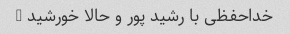
خداحفظی با رشید پور و حالا خورشید @